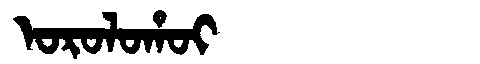
Manchu: ᠣᡵᠣᠯᠣᡥᠣᡳ
Romanization: OROLOHOI